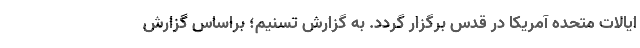
ایالات متحده آمریکا در قدس برگزار گردد. به گزارش تسنیم؛ براساس گزارش